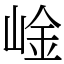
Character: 崯